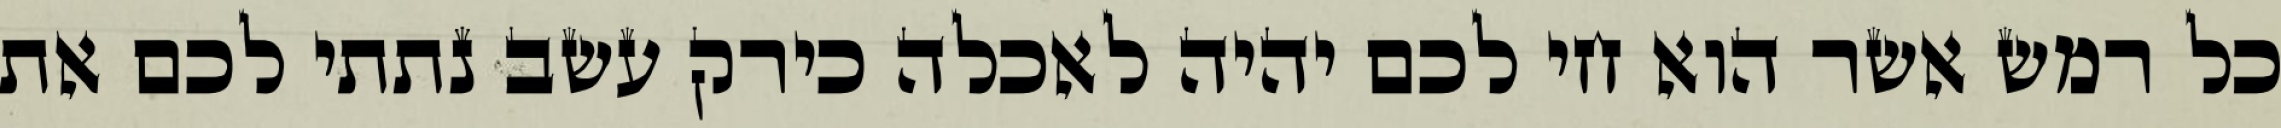
כל רמש אשר הוא חי לכם יהיה לאכלה כירק עשב נתתי לכם את